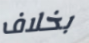
بخلاف